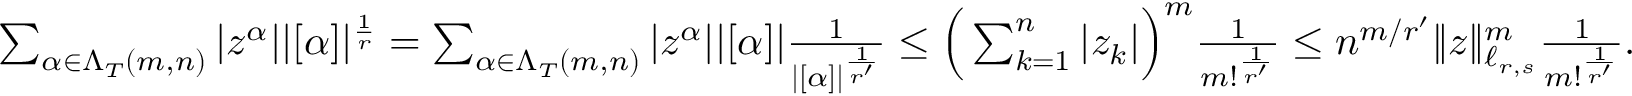
\begin{array} { r } { \sum _ { \alpha \in \Lambda _ { T } ( m , n ) } | z ^ { \alpha } | | [ \alpha ] | ^ { \frac { 1 } { r } } = \sum _ { \alpha \in \Lambda _ { T } ( m , n ) } | z ^ { \alpha } | | [ \alpha ] | \frac { 1 } { | [ \alpha ] | ^ { \frac { 1 } { r ^ { \prime } } } } \le \Big ( \sum _ { k = 1 } ^ { n } | z _ { k } | \Big ) ^ { m } \frac { 1 } { m ! ^ { \frac { 1 } { r ^ { \prime } } } } \le n ^ { m / r ^ { \prime } } \| z \| _ { \ell _ { r , s } } ^ { m } \frac { 1 } { m ! ^ { \frac { 1 } { r ^ { \prime } } } } . } \end{array}